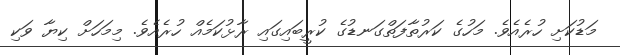
މަޑުކަށި ހުރެއެވެ. މަހުގެ ކަރުތާފަތްގަނޑުގެ ކުރީބައިގައި ރާޅުކަމެއް ހުރެއެވެ. މިމަހަށް ކިޔާ ވަކި